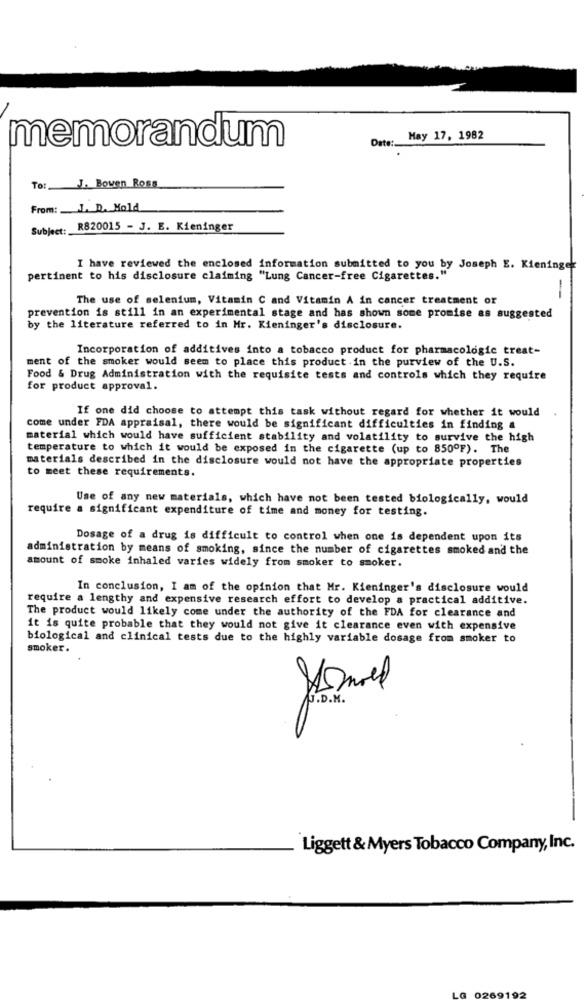
memorandum
Date:
May 17, 1982
To: J. Bowen Ross
From: __ L. D. Mold
Subject:
R820015 - J. E. Kieninger
I have reviewed the enclosed information submitted to you by Joseph E. Kieninger
pertinent to his disclosure claiming "Lung Cancer-free Cigarettes."
-
The use of selenium, Vitamin C and Vitamin A in cancer treatment or
prevention is still in an experimental stage and has shown some promise as suggested
by the literature referred to in Hr. Kieninger's disclosure.
Incorporation of additives into a tobacco product for pharmacologic treat-
ment of the smoker would seem to place this product .in the purview of the U.S.
Food & Drug Administration with the requisite tests and controls which they require
for product approval.
If one did choose to attempt this task without regard for whether it would
come under FDA appraisal, there would be significant difficulties in finding &
material which would have sufficient stability and volatility to survive the high
temperature to which it would be exposed in the cigarette (up to 850ºF). The
materials described in the disclosure would not have the appropriate properties
to meet these requirements.
Use of any new materials, which have not been tested biologically, would
require a significant expenditure of time and money for testing.
Dosage of a drug is difficult to control when one is dependent upon its
administration by means of smoking, since the number of cigarettes smoked and the
amount of smoke inhaled varies widely from smoker to smoker.
In conclusion, I am of the opinion that Mr. Kieninger's disclosure would
require a lengthy and expensive research effort to develop a practical additive.
The product would likely come under the authority of the FDA for clearance and
it is quite probable that they would not give it clearance even with expensive
biological and clinical tests due to the highly variable dosage from smoker to
smoker.
J.D.M.
Liggett & Myers Tobacco Company, Inc.
G 02
265